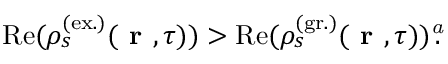
\mathrm { R e } ( \rho _ { s } ^ { ( \mathrm { e x . } ) } ( \textbf { r } , \tau ) ) > \mathrm { R e } ( \rho _ { s } ^ { ( \mathrm { g r . } ) } ( \textbf { r } , \tau ) ) \footnote { I n t h e s t o c h a s t i c f o r m a l i s m , t h e p o p u l a t i o n s a r e c o m p l e x , s o w e h a v e t o e x t r a c t t h e i r r e a l p a r t s . } \! \! .